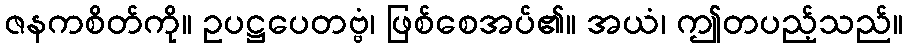
ဇနကစိတ်ကို။ ဥပဋ္ဌပေတဗ္ဗံ၊ ဖြစ်စေအပ်၏။ အယံ၊ ဤတပည့်သည်။